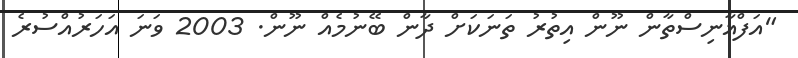
"އަފްޣާނިސްތާން ނޫން އިތުރު ތަނަކަށް ދާން ބޭނުމެއް ނޫން. 2003 ވަނަ އަހަރުއްސުރެ